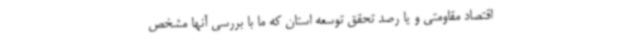
اقتصاد مقاومتی و یا رصد تحقق توسعه استان که ما با بررسی آنها مشخص